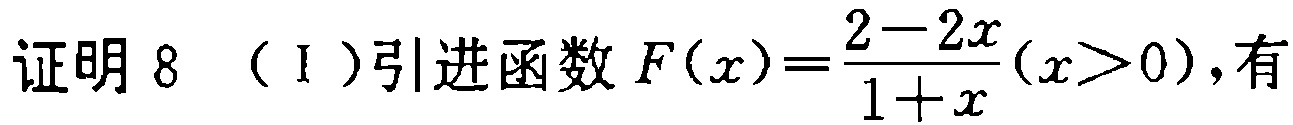
证明 8 （I ）引进函数 \(F(x)=\frac{2 - 2x}{1 + x}(x>0)\)，有